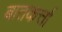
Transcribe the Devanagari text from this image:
बातकर्त्ता